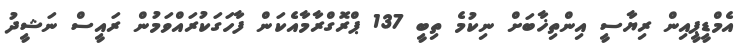
އެމްޑީޕީއިން ރިޔާސީ އިންތިޚާބަށް ނިކުމެ ތިބީ 137 ޕްރޮގްރާމާއެކަން ފާހަގަކުރައްވަމުން ރައީސް ނަޝީދު